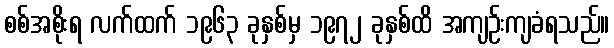
စစ်အစိုးရ လက်ထက် ၁၉၆၃ ခုနှစ်မှ ၁၉၇၂ ခုနှစ်ထိ အကျဉ်းကျခံရသည်။